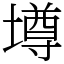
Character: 墫